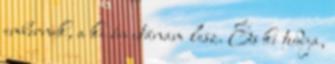
embernek, a ki én utánam lesz. És ki tudja,